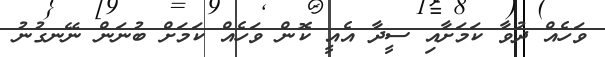
ވަހެއް ދުވާ ކަމަށާއި ސީދާ އެއީ ކޮން ވަހެއް ކަމަށް ބުނަން ނޭނގުނު